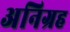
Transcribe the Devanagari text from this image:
अनिग्रह